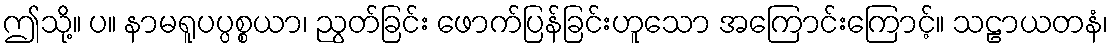
ဤသို့။ ပ။ နာမရူပပ္ပစ္စယာ၊ ညွတ်ခြင်း ဖောက်ပြန်ခြင်းဟူသော အကြောင်းကြောင့်။ သဠာယတနံ၊